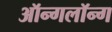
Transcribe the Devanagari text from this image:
ऑन्गलॉन्ग